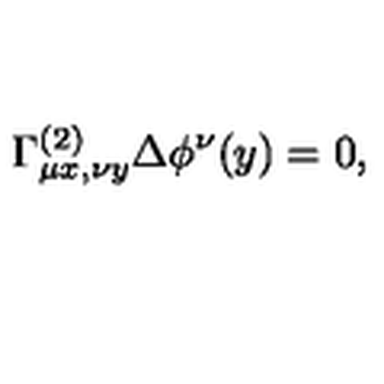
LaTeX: \Gamma _ { \mu x , \nu y } ^ { ( 2 ) } \Delta \phi ^ { \nu } ( y ) = 0 ,